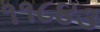
૧૧૮૪૩